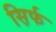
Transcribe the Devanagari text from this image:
स़िर्फ